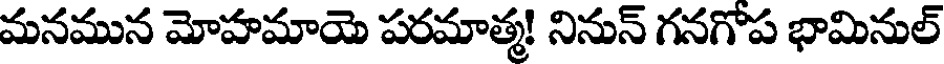
మనమున మోహమాయె పరమాత్మ! నినున్ గనగొప భామినుల్